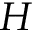
H